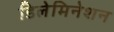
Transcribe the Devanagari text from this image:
डिलेमिनेशन